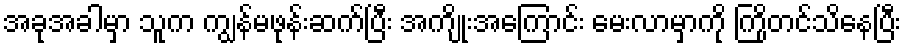
အခုအခါမှာ သူက ကျွန်မဖုန်းဆက်ပြီး အကျိုးအကြောင်း မေးလာမှာကို ကြိုတင်သိနေပြီး